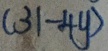
( 3 1 - 4 y )